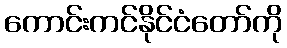
ကောင်းကင်နိုင်ငံတော်ကို